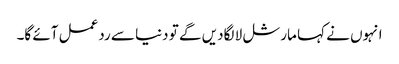
انہوں نے کہا مارشل لا لگادیں گے تو دنیا سے ردعمل آئے گا۔